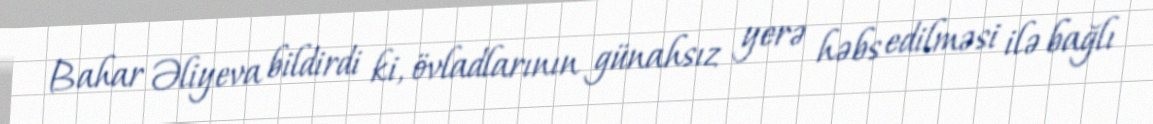
Bahar Əliyeva bildirdi ki, övladlarının günahsız yerə həbs edilməsi ilə bağlı